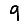
Digit: 9